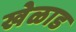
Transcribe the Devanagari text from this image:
खेळाड